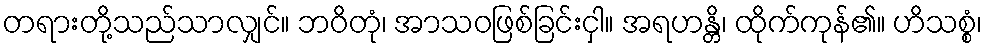
တရားတို့သည်သာလျှင်။ ဘဝိတုံ၊ အာသဝဖြစ်ခြင်းငှါ။ အရဟန္တိ၊ ထိုက်ကုန်၏။ ဟိသစ္စံ၊